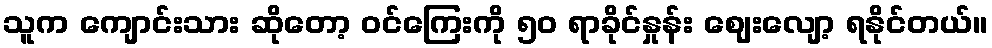
သူက ကျောင်းသား ဆိုတော့ ဝင်ကြေးကို ၅၀ ရာခိုင်နှုန်း ဈေးလျော့ ရနိုင်တယ်။